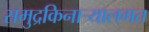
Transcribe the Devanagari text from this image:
समुद्रकिनार्‍यालगत